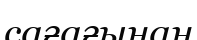
сағағынан